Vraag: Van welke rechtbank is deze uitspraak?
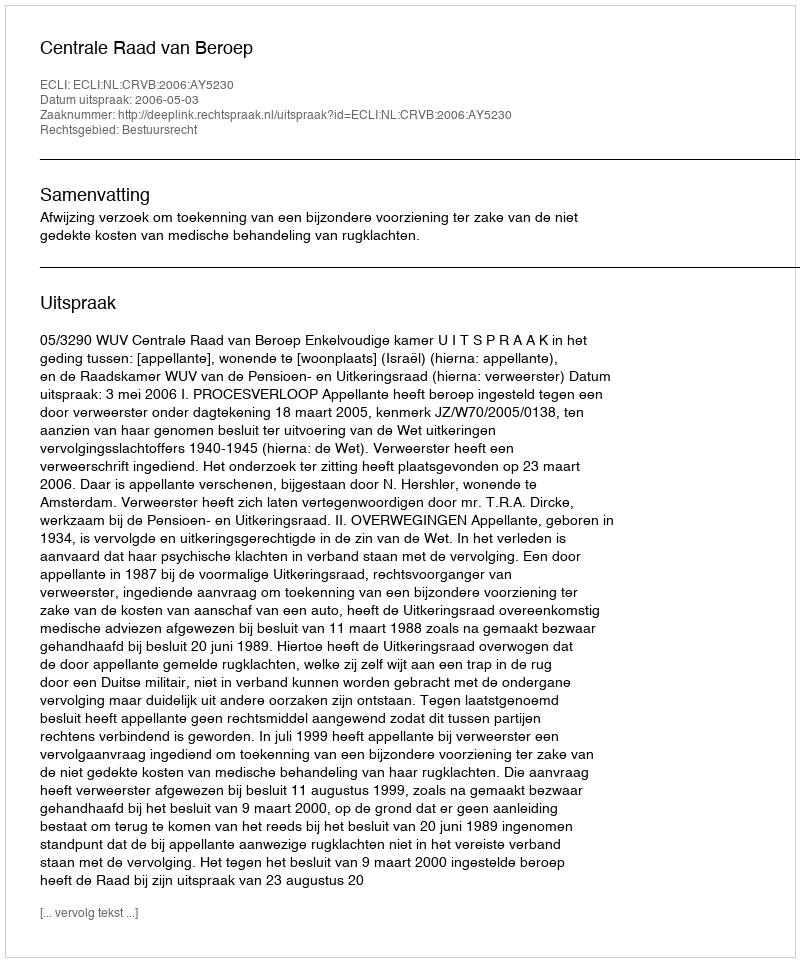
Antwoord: Centrale Raad van Beroep